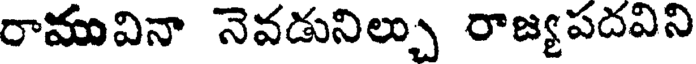
రామువినా నెవడునిల్చు రాజ్యపదవిని